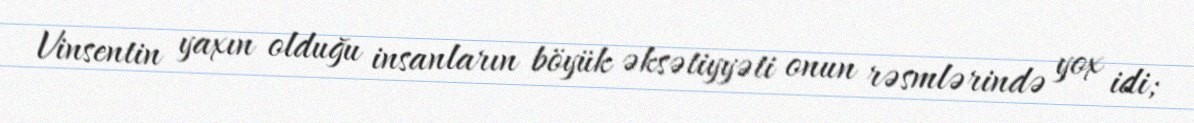
Vinsentin yaxın olduğu insanların böyük əksətiyyəti onun rəsmlərində yox idi;